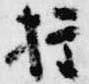
権